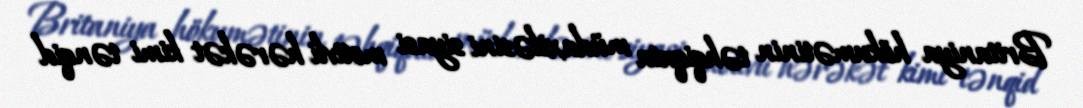
Britaniya hökumətinin təhqiqata müdaxiləsini siyasi motivli hərəkət kimi tənqid